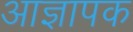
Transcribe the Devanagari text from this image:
आज्ञापक